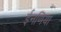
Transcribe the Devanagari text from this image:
ईनणिया